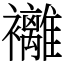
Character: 䙰